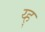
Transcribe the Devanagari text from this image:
य्ह्